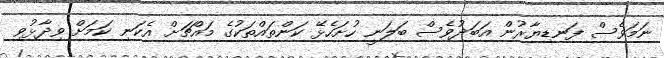
ނަމަވެސް ފަނޑިޔާރުން އަބަދުވެސް ބަލަނީ ހުށަހެޅޭ ކަންތައްތަކުގެ މައްޗަށް އެކަނި ކަމަށް ވިދާޅުވި